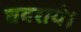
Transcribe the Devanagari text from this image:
घबराये।